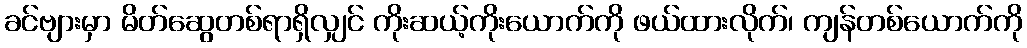
ခင်ဗျားမှာ မိတ်ဆွေတစ်ရာရှိလျှင် ကိုးဆယ့်ကိုးယောက်ကို ဖယ်ထားလိုက်၊ ကျန်တစ်ယောက်ကို